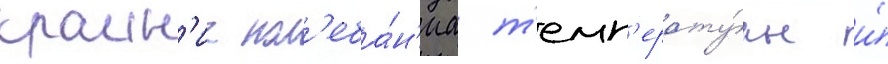
краин'ие кол'еба́н'иа т'емп'ерату́ры и́